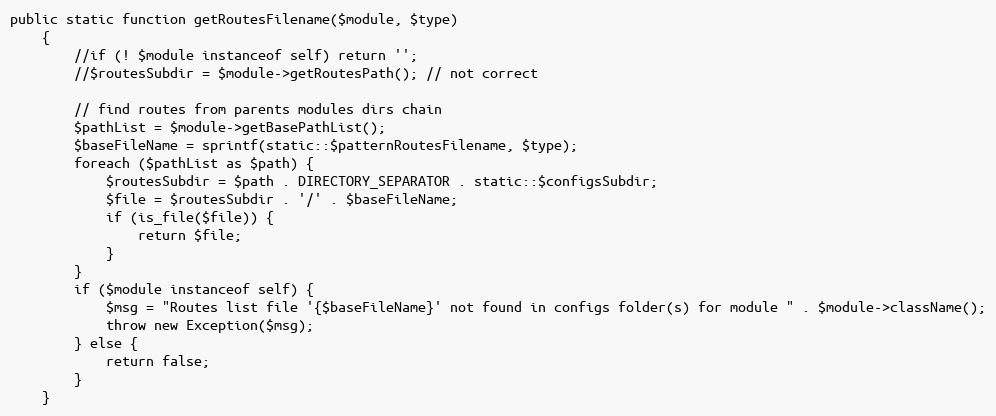
Language: PHP
public static function getRoutesFilename($module, $type)
    {
        //if (! $module instanceof self) return '';
        //$routesSubdir = $module->getRoutesPath(); // not correct

        // find routes from parents modules dirs chain
        $pathList = $module->getBasePathList();
        $baseFileName = sprintf(static::$patternRoutesFilename, $type);
        foreach ($pathList as $path) {
            $routesSubdir = $path . DIRECTORY_SEPARATOR . static::$configsSubdir;
            $file = $routesSubdir . '/' . $baseFileName;
            if (is_file($file)) {
                return $file;
            }
        }
        if ($module instanceof self) {
            $msg = "Routes list file '{$baseFileName}' not found in configs folder(s) for module " . $module->className();
            throw new Exception($msg);
        } else {
            return false;
        }
    }